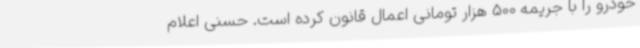
خودرو را با جریمه 500 هزار تومانی اعمال قانون کرده است. حسنی اعلام